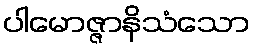
ပါမောဇ္ဇာနိသံသော